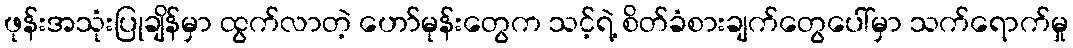
ဖုန်းအသုံးပြုချိန်မှာ ထွက်လာတဲ့ ဟော်မုန်းတွေက သင့်ရဲ့ စိတ်ခံစားချက်တွေပေါ်မှာ သက်ရောက်မှု